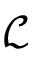
{ \mathcal L }